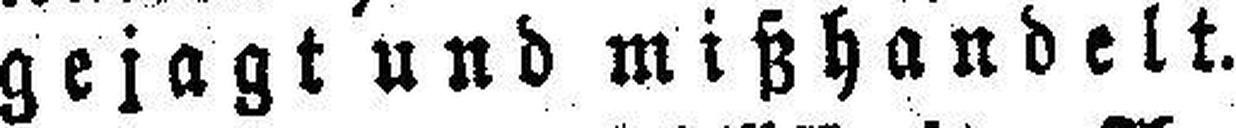
gejagt und mißhandelt.